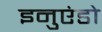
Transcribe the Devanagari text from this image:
इनुएंडो